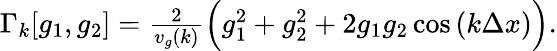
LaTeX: \begin{array}{r}{\Gamma_{k}[g_{1},g_{2}]=\frac{2}{v_{g}(k)}\Big(g_{1}^{2}+g_{2}^{2}+2g_{1}g_{2}\cos{(k\Delta x)}\Big).}\end{array}